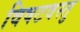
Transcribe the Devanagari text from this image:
विषटवस्तु